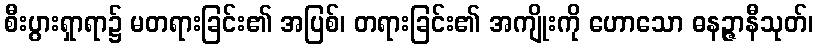
စီးပွားရှာရာ၌ မတရားခြင်း၏ အပြစ်၊ တရားခြင်း၏ အကျိုးကို ဟောသော ဓနဉ္ဇာနီသုတ်၊